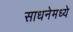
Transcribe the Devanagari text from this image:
साधनेमध्ये